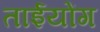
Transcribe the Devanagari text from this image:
ताईयोंग